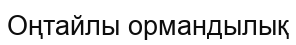
Оңтайлы ормандылық